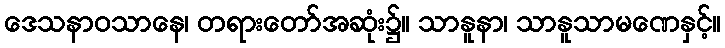
ဒေသနာဝသာနေ၊ တရားတော်အဆုံး၌။ သာနူနာ၊ သာနူသာမဏေနှင့်။